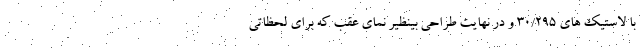
با لاستیک های 30/295 و در نهایت طراحی بینظیر نمای عقب که برای لحظاتی